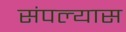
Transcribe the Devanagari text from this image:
संपल्यास